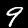
Label: 9